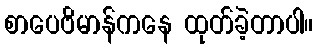
စာပေဗိမာန်ကနေ ထုတ်ခဲ့တာပါ။